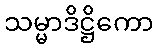
သမ္မာဒိဋ္ဌိကော